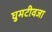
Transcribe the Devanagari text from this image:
घुमटीवजा